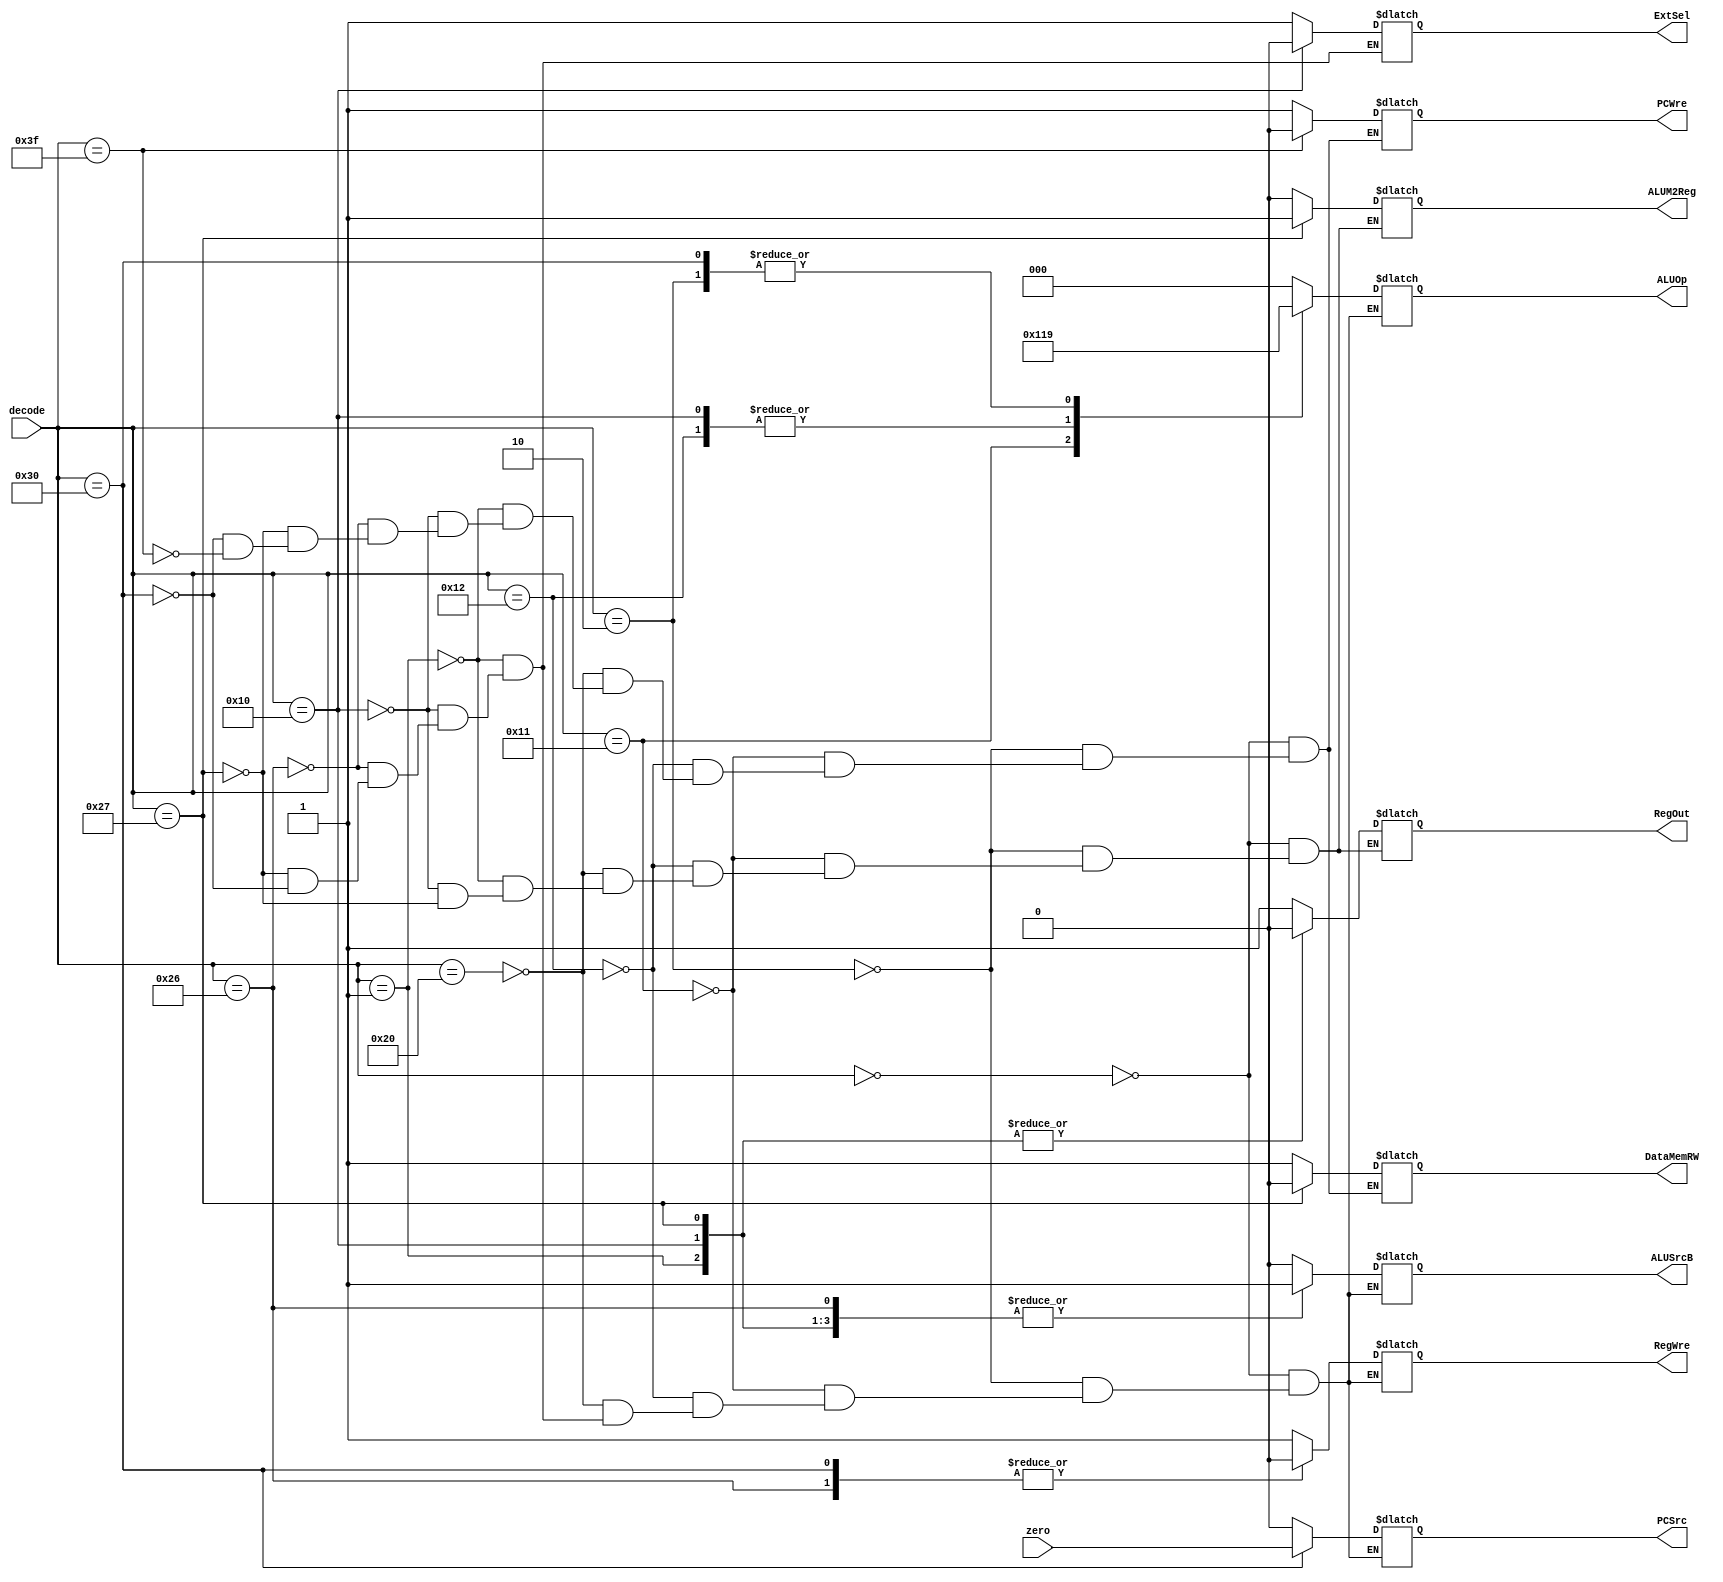
`timescale 1ns / 1ps

//
module CU(
	decode,
   zero,
   PCWre,
	ALUSrcB,
	ALUM2Reg,
	RegWre,
	DataMemRW,
	ExtSel,
	PCSrc,
	RegOut,
	ALUOp
	);
   
	input [5:0] decode;
	input zero;
	output reg PCWre, ALUSrcB, ALUM2Reg, RegWre, DataMemRW, ExtSel, PCSrc, RegOut;
	output reg [2:0] ALUOp;
	
	always @(decode) begin
		case(decode)
			// add, R-format
			6'b000000:
			begin
				PCWre <= 1;
				ALUSrcB <= 0;
				ALUM2Reg <= 0;
				RegWre <= 1;
				DataMemRW <= 1'bx;
				PCSrc <= 0;
				RegOut <= 1;
				ALUOp <= 3'b000;
			end
			
			// sub, R-format
			6'b000010:
			begin
				PCWre <= 1;
				ALUSrcB <= 0;
				ALUM2Reg <= 0;
				RegWre <= 1;
				DataMemRW <= 1'bx;
				PCSrc <= 0;
				RegOut <= 1;
				ALUOp <= 3'b001;
			end
			
			// and, R-format
			6'b010001:
			begin
				PCWre <= 1;
				ALUSrcB <= 0;
				ALUM2Reg <= 0;
				RegWre <= 1;
				DataMemRW <= 1'bx;
				PCSrc <= 0;
				RegOut <= 1;
				ALUOp <= 3'b100;
			end
			
			// or, R-format
			6'b010010:
			begin
				PCWre <= 1;
				ALUSrcB <= 0;
				ALUM2Reg <= 0;
				RegWre <= 1;
				DataMemRW <= 1'bx;
				PCSrc <= 0;
				RegOut <= 1;
				ALUOp <= 3'b011;
			end
			
			// move, R-format
			6'b100000:
			begin
				PCWre <= 1;
				ALUSrcB <= 0;
				ALUM2Reg <= 0;
				RegWre <= 1;
				DataMemRW <= 1'bx;
				PCSrc <= 0;
				RegOut <= 1;
				ALUOp <= 3'b000;
			end
			
			// addi, I-format
			6'b000001:
			begin
				PCWre <= 1;
				ALUSrcB <= 1;
				ALUM2Reg <= 0;
				RegWre <= 1;
				DataMemRW <= 1'bx;
				ExtSel <= 1;
				PCSrc <= 0;
				RegOut <= 0;
				ALUOp <= 3'b000;
			end
			
			// ori, I-format
			6'b010000:
			begin
				PCWre <= 1;
				ALUSrcB <= 1;
				ALUM2Reg <= 0;
				RegWre <= 1;
				DataMemRW <= 1'bx;
				ExtSel <= 0;
				PCSrc <= 0;
				RegOut <= 0;
				ALUOp <= 3'b011;
			end
			
			// sw, I-format
			6'b100110:
			begin
				PCWre <= 1;
				ALUSrcB <= 1;
				RegWre <= 0;
				DataMemRW <= 1;
				ExtSel <= 1;
				PCSrc <= 0;
				ALUOp <= 3'b000;
			end
			
			// lw, I-format
			6'b100111:
			begin
				PCWre <= 1;
				ALUSrcB <= 1;
				ALUM2Reg <= 1;
				RegWre <= 1;
				DataMemRW <= 0;
				ExtSel <= 1;
				PCSrc <= 0;
				RegOut <= 0;
				ALUOp <= 3'b000;
			end
			
			// beq, I-format
			6'b110000:
			begin
				PCWre = 1;
				ALUSrcB = 0;
				RegWre = 0;
				DataMemRW <= 1'bx;
				ExtSel = 1;
				ALUOp = 3'b001;
				#0.001;
				PCSrc = zero;
			end
			
			// halt, J-format
			6'b111111:
			begin
				PCWre <= 0;
				DataMemRW <= 1'bx;
			end
		endcase
	end
endmodule